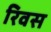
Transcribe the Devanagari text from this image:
रिवस